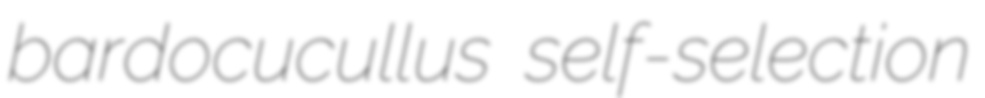
bardocucullus self-selection